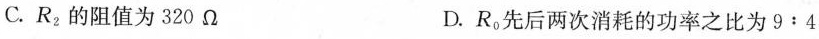
C.R_{2}的阻值为320Ω D.R_{0}先后两次消耗的功率之比为9:4